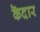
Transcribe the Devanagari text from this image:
कॆदार